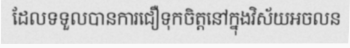
ដែលទទួលបានការជឿទុកចិត្តនៅក្នុងវិស័យអចលន